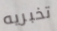
تخبريه